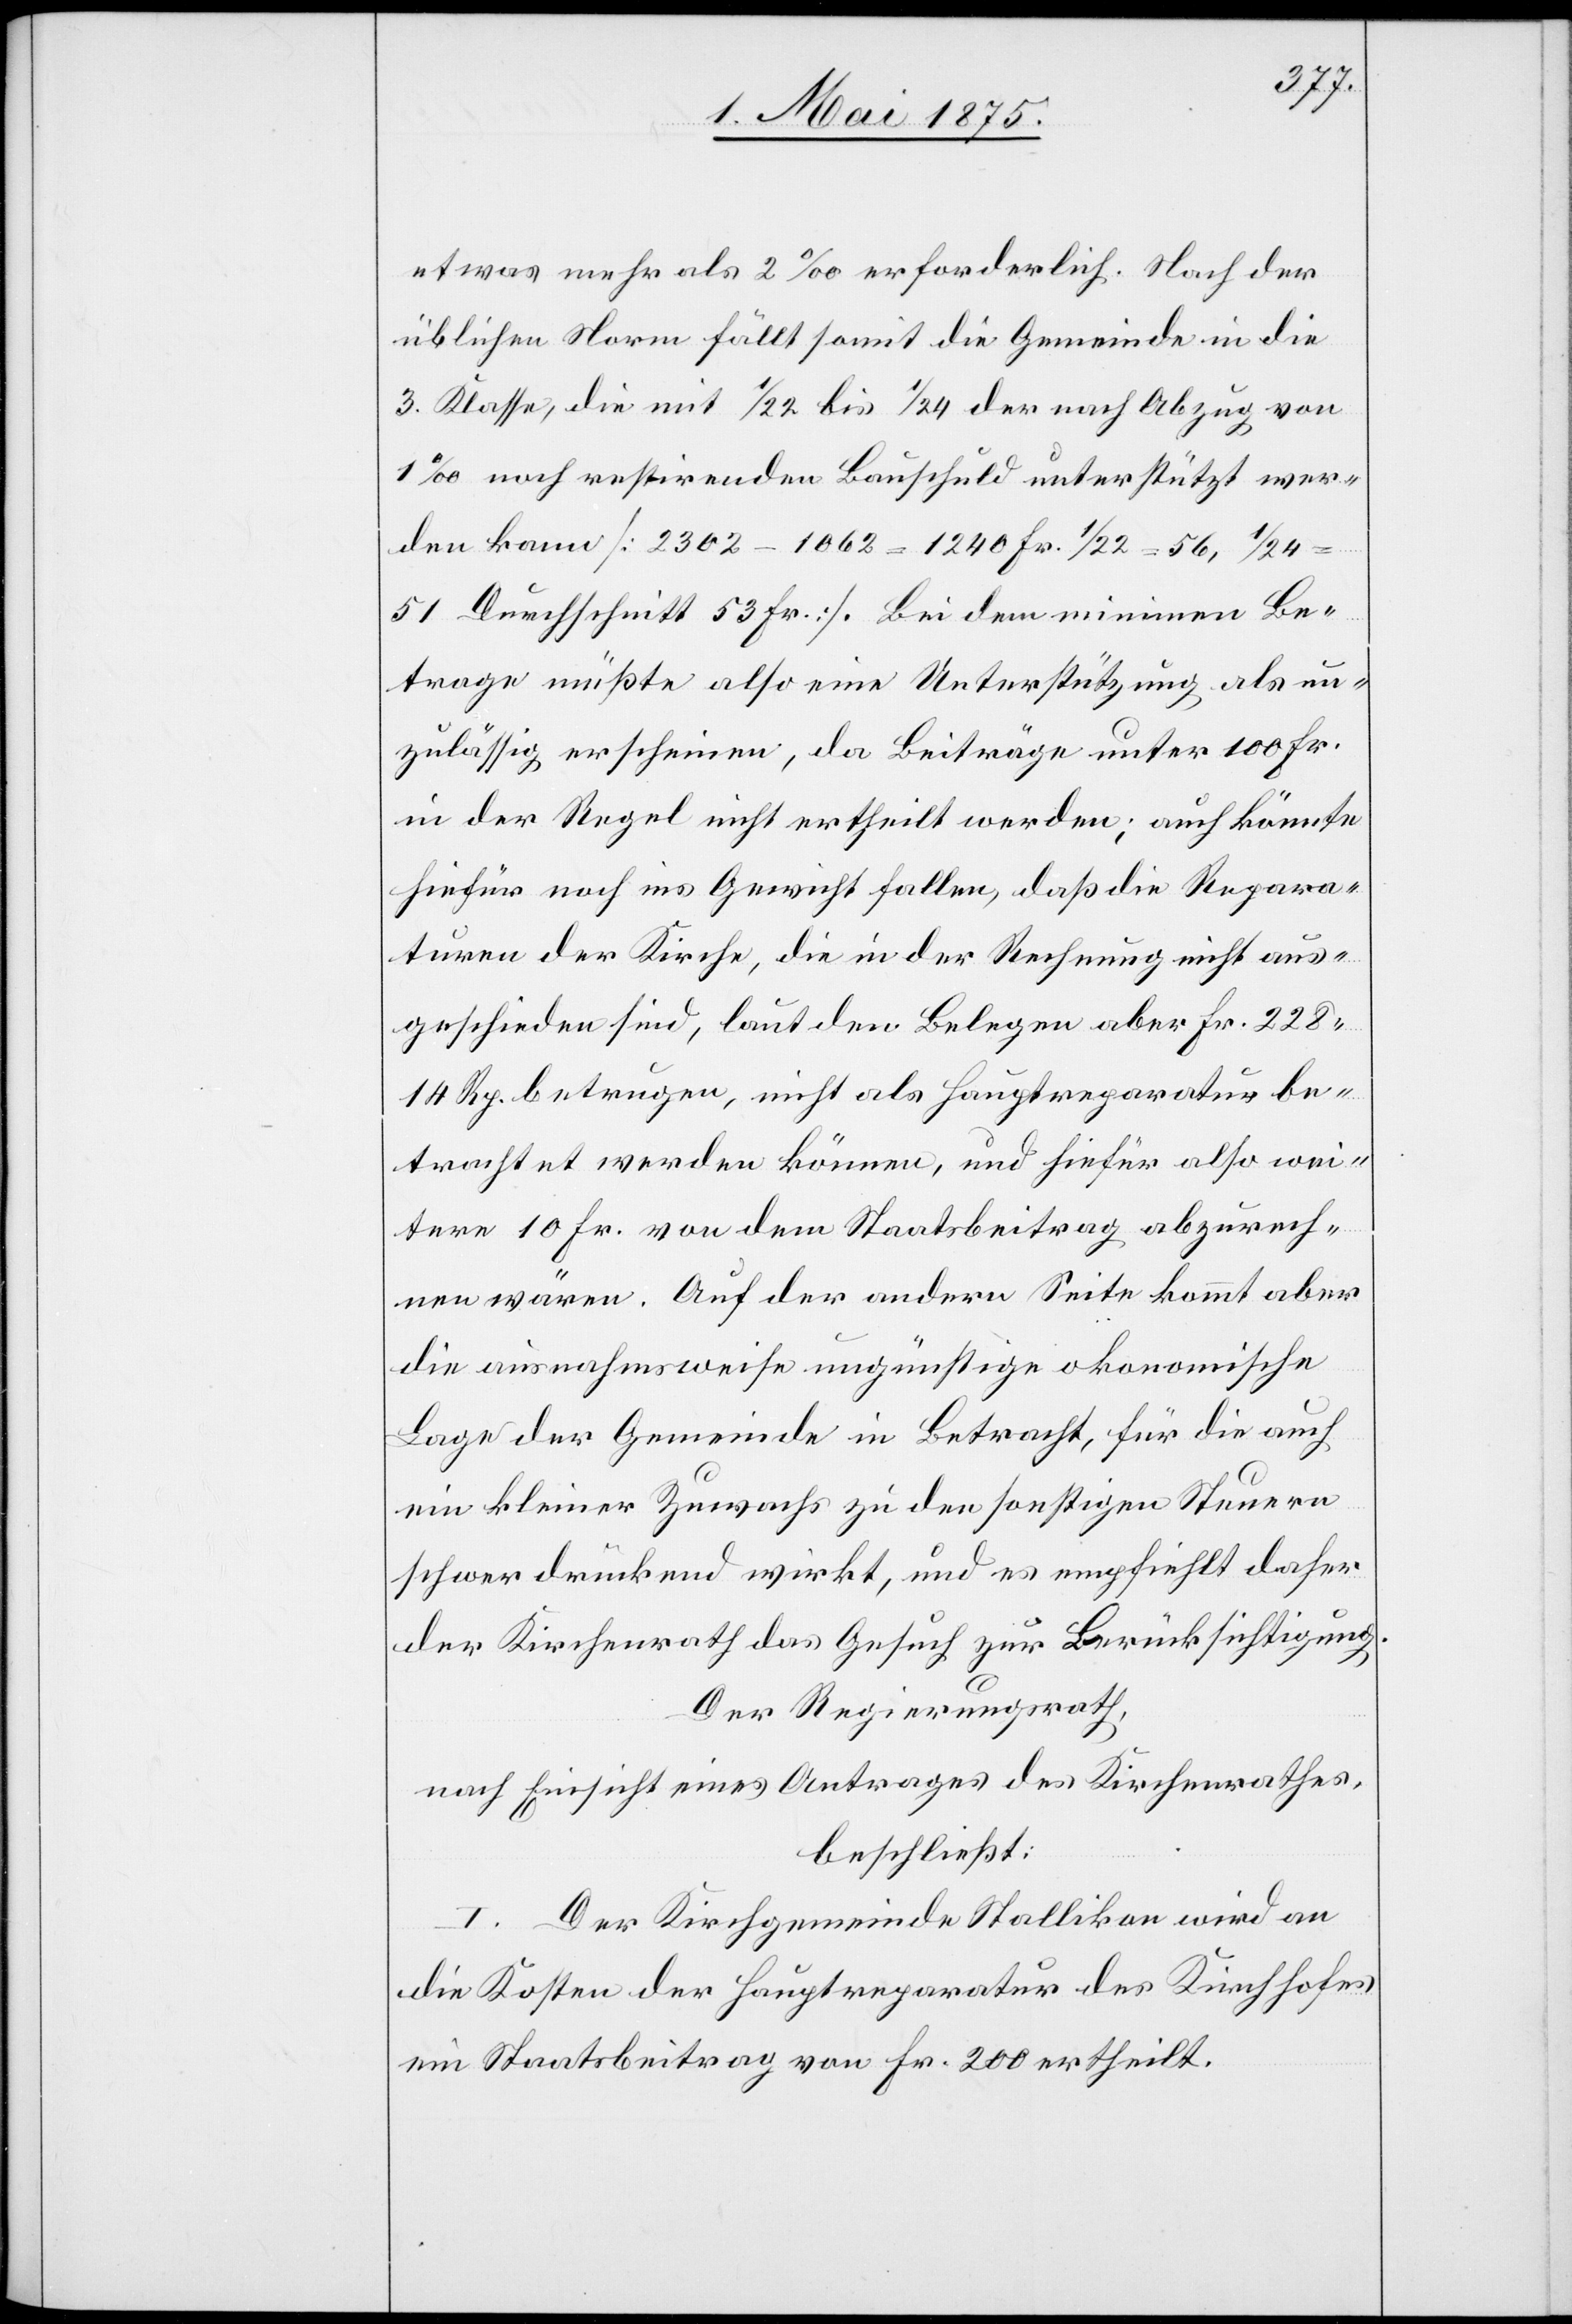
etwas mehr als 2‰ erforderlich. Nach der
üblichen Norm fällt somit die Gemeinde in die
3. Klasse, die mit 1/22 bis1/24 der nach Abzug von
1‰ noch restirenden Bauschuld unterstützt wer¬
den kann [2302 – 1062 = 1240 Fr. 1/22 = 56, 1/24
51 Durchschnitt 53 Fr.]. Bei dem minimen Be¬
trage müßte also eine Unterstützung als un¬
zulässig erscheinen, da Beiträge unter 100 Fr.
in der Regel nicht ertheilt werden, auch könnte
hiefür noch ins Gewicht fallen, daß die Repara¬
turen der Kirche, die in der Rechnung nicht aus¬
geschieden sind, laut den Belegen aber Fr. 228
14 Rp. betrugen, nicht als Hauptreparatur be¬
trachtet werden können, und hiefür also wei¬
tere 10 Fr. von dem Staatsbeitrag abzurech¬
nen wären. Auf der andern Seite kommt aber
die ausnahmsweise ungünstige ökonomische
Lage der Gemeinde in Betracht, für die auch
ein kleiner Zuwachs zu den sonstigen Steuern
schwer drückend wirkt, und es empfiehlt daher
der Kirchenrath das Gesuch zur Berücksichtigung.
Der Regierungsrath,
nach Einsicht eines Antrages des Kirchenrathes,
beschließt:
I. Der Kirchgemeinde Stallikon wird an
die Kosten der Hauptreparatur des Kirchhofes
ein Staatsbeitrag von Fr. 200 ertheilt.